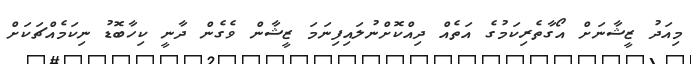
މިއަދު ޒީޝާނަށްް އޯގާތެރިކަމުގެ އަތެއް ދިއްކޮށްނުލައިފިނަމަ ޒީޝާން ވެގެން ދާނީ ކިހާބޮޑު ނިކަމެއްޗަކަށް